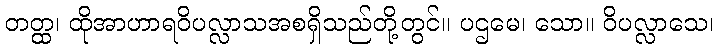
တတ္ထ၊ ထိုအာဟာရဝိပလ္လာသအစရှိသည်တို့တွင်။ ပဌမေ၊ သော။ ဝိပလ္လာသေ၊